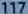
177